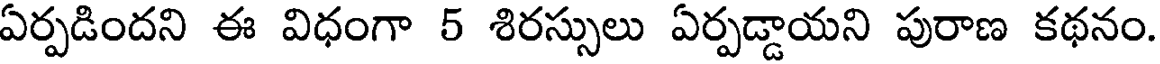
ఏర్పడిందని ఈ విధంగా 5 శిరస్సులు ఏర్పడ్డాయని పురాణ కథనం